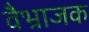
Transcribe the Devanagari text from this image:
वैभ्राजक